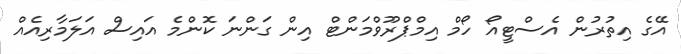
އޭގެ އިތުރުން އެސްޓީއޯ ހޯމް އިމްޕްރޫވްމަންޓް އިން ގަންނަ ކޮންމެ އައިސް އަލަމާރިއެއް